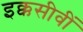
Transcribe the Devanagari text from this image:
इक्कसीवीं